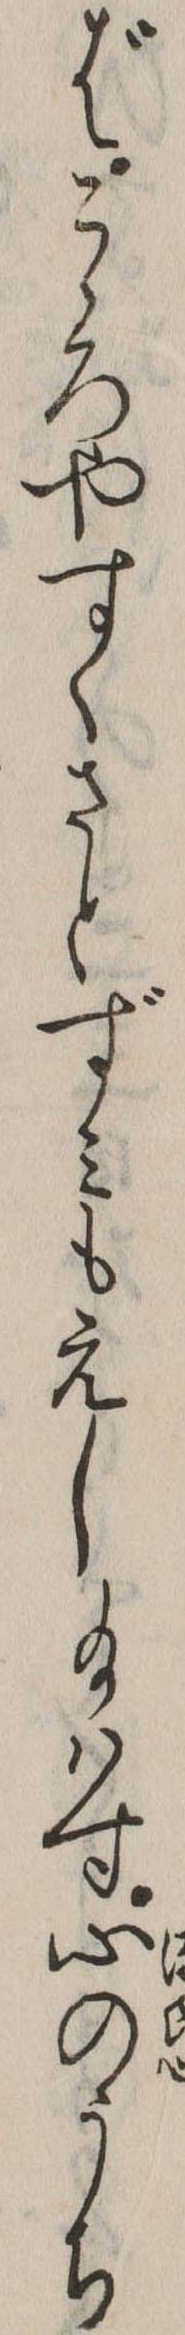
ばこゝろやすくさとずみもえし給はす心のうち